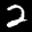
Label: 2